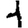
Digit: 1